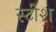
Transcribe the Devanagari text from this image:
स्टीश